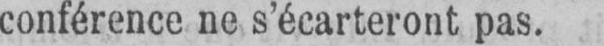
conférence ne s’écarteront pas.